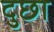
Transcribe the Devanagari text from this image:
दुछा